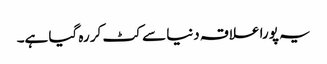
یہ پورا علاقہ دنیا سے کٹ کر رہ گیا ہے۔